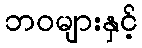
ဘဝများနှင့်